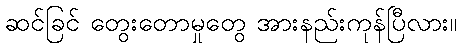
ဆင်ခြင် တွေးတောမှုတွေ အားနည်းကုန်ပြီလား။